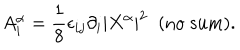
LaTeX: A _ { i } ^ { \alpha } = \frac { 1 } { 8 } \epsilon _ { i j } \partial _ { i } | X ^ { \alpha } | ^ { 2 } \; \; \mathrm { ( n o \; s u m ) } .